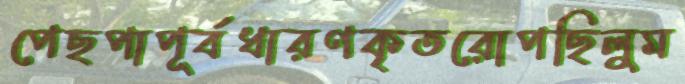
পেছপাপূর্বধারণকৃতরোপছিলুম